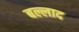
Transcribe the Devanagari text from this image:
बल्लाद